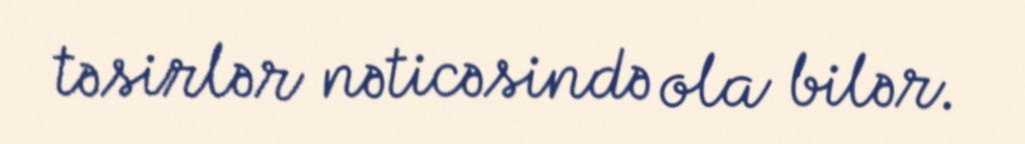
təsirlər nəticəsində ola bilər.